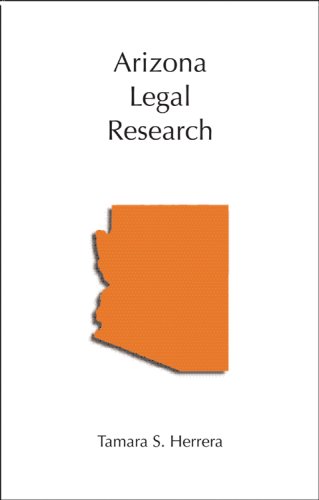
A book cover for Arizona Legal Research; Tamara S. Herrera; Law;